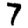
Digit: 7